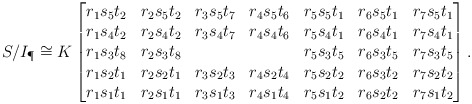
\begin{align*}S/I_\P \cong K \begin{bmatrix}r_1s_5t_2&r_2s_5t_2&r_3s_5t_7&r_4s_5t_6&r_5s_5t_1&r_6s_5t_1&r_7s_5t_1\\r_1s_4t_2&r_2s_4t_2&r_3s_4t_7&r_4s_4t_6&r_5s_4t_1&r_6s_4t_1&r_7s_4t_1\\r_1s_3t_8&r_2s_3t_8&&&r_5s_3t_5&r_6s_3t_5&r_7s_3t_5\\r_1s_2t_1&r_2s_2t_1&r_3s_2t_3&r_4s_2t_4&r_5s_2t_2&r_6s_3t_2&r_7s_2t_2\\r_1s_1t_1&r_2s_1t_1&r_3s_1t_3&r_4s_1t_4&r_5s_1t_2&r_6s_2t_2&r_7s_1t_2\\\end{bmatrix}.\end{align*}